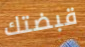
قبضتك